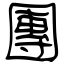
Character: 團